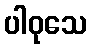
ပါဝုသေ